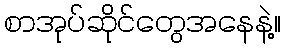
စာအုပ်ဆိုင်တွေအနေနဲ့။